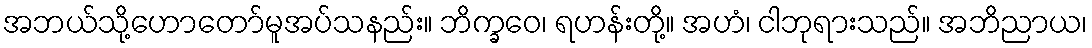
အဘယ်သို့ဟောတော်မူအပ်သနည်း။ ဘိက္ခဝေ၊ ရဟန်းတို့။ အဟံ၊ ငါဘုရားသည်။ အဘိညာယ၊